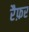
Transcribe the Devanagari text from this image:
रैफ़र